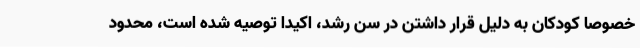
خصوصا کودکان به دلیل قرار داشتن در سن رشد، اکیدا توصیه شده است، محدود